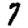
Digit: 7